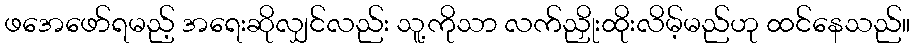
ဖအေဖော်ရမည့် အရေးဆိုလျှင်လည်း သူ့ကိုသာ လက်ညှိုးထိုးလိမ့်မည်ဟု ထင်နေသည်။